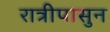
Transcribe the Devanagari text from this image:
रात्रीपासुन